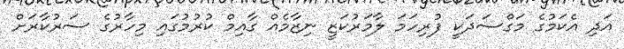
އަދި އެކަމުގެ މަގްސަދަކީ ފުރިހަމަ ލާމަރުކަޒީ ނިޒާމެއް ގާއިމް ކުރުމުގައި މިހާރުގެ ސަރުކާރަށް